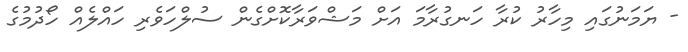
- ޔަމަނުގައި މިހާރު ކުރާ ހަނގުރާމަ އަށް މަޝްވަރާކޮށްގެން ސުލްހަވެރި ހައްލެއް ހޯދުމުގެ